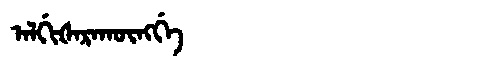
Manchu: ᠠᠯᡤᡳᡧᠠᡵᠠᡴᡡᠩᡤᡝ
Romanization: ALGIŠARAKŪNGGE